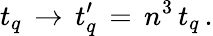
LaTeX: t_{q}\, \rightarrow\, t_{q}^{\prime}\, =\, n^{3}\, t_{q}\, .